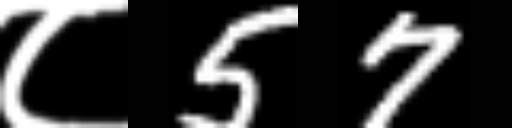
Text: ८57